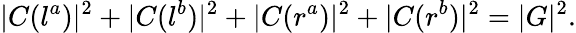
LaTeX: |C(l^{a})|^{2}+|C(l^{b})|^{2}+|C(r^{a})|^{2}+|C(r^{b})|^{2}=|G|^{2}.